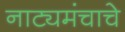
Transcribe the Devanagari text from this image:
नाट्यमंचाचे